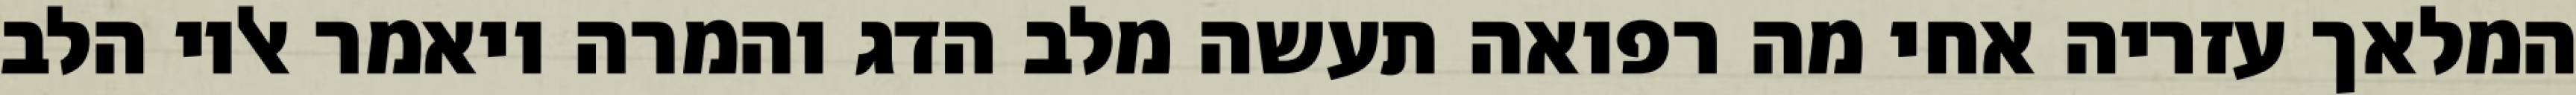
המלאך עזריה אחי מה רפואה תעשה מלב הדג והמרה ויאמר אליו הלב